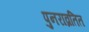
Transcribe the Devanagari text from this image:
पुनराव्रतित